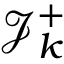
\mathcal { J } _ { k } ^ { + }